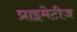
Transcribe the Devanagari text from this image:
प्राइमेटीज